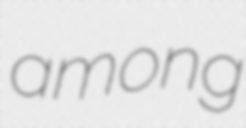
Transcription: among